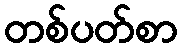
တစ်ပတ်စာ